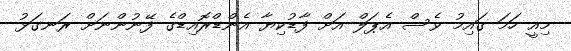
މިއީ ހަމަ ގައިމު ވެސް އެޕަލް އަށް ފާޑުކިޔާ އެންޑްރޮއިޑްގެ ފޭނުންނަށް ރަނގަޅު